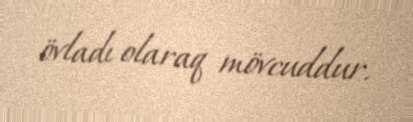
övladı olaraq mövcuddur.